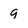
Character: 9